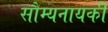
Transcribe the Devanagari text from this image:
सौम्यनायकी